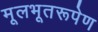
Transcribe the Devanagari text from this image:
मूलभूतरूपेण